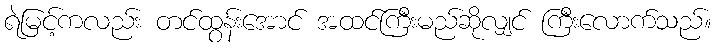
ရဲမြင့်ကလည်း တင်ထွန်းအောင် အထင်ကြီးမည်ဆိုလျှင် ကြီးလောက်သည်။